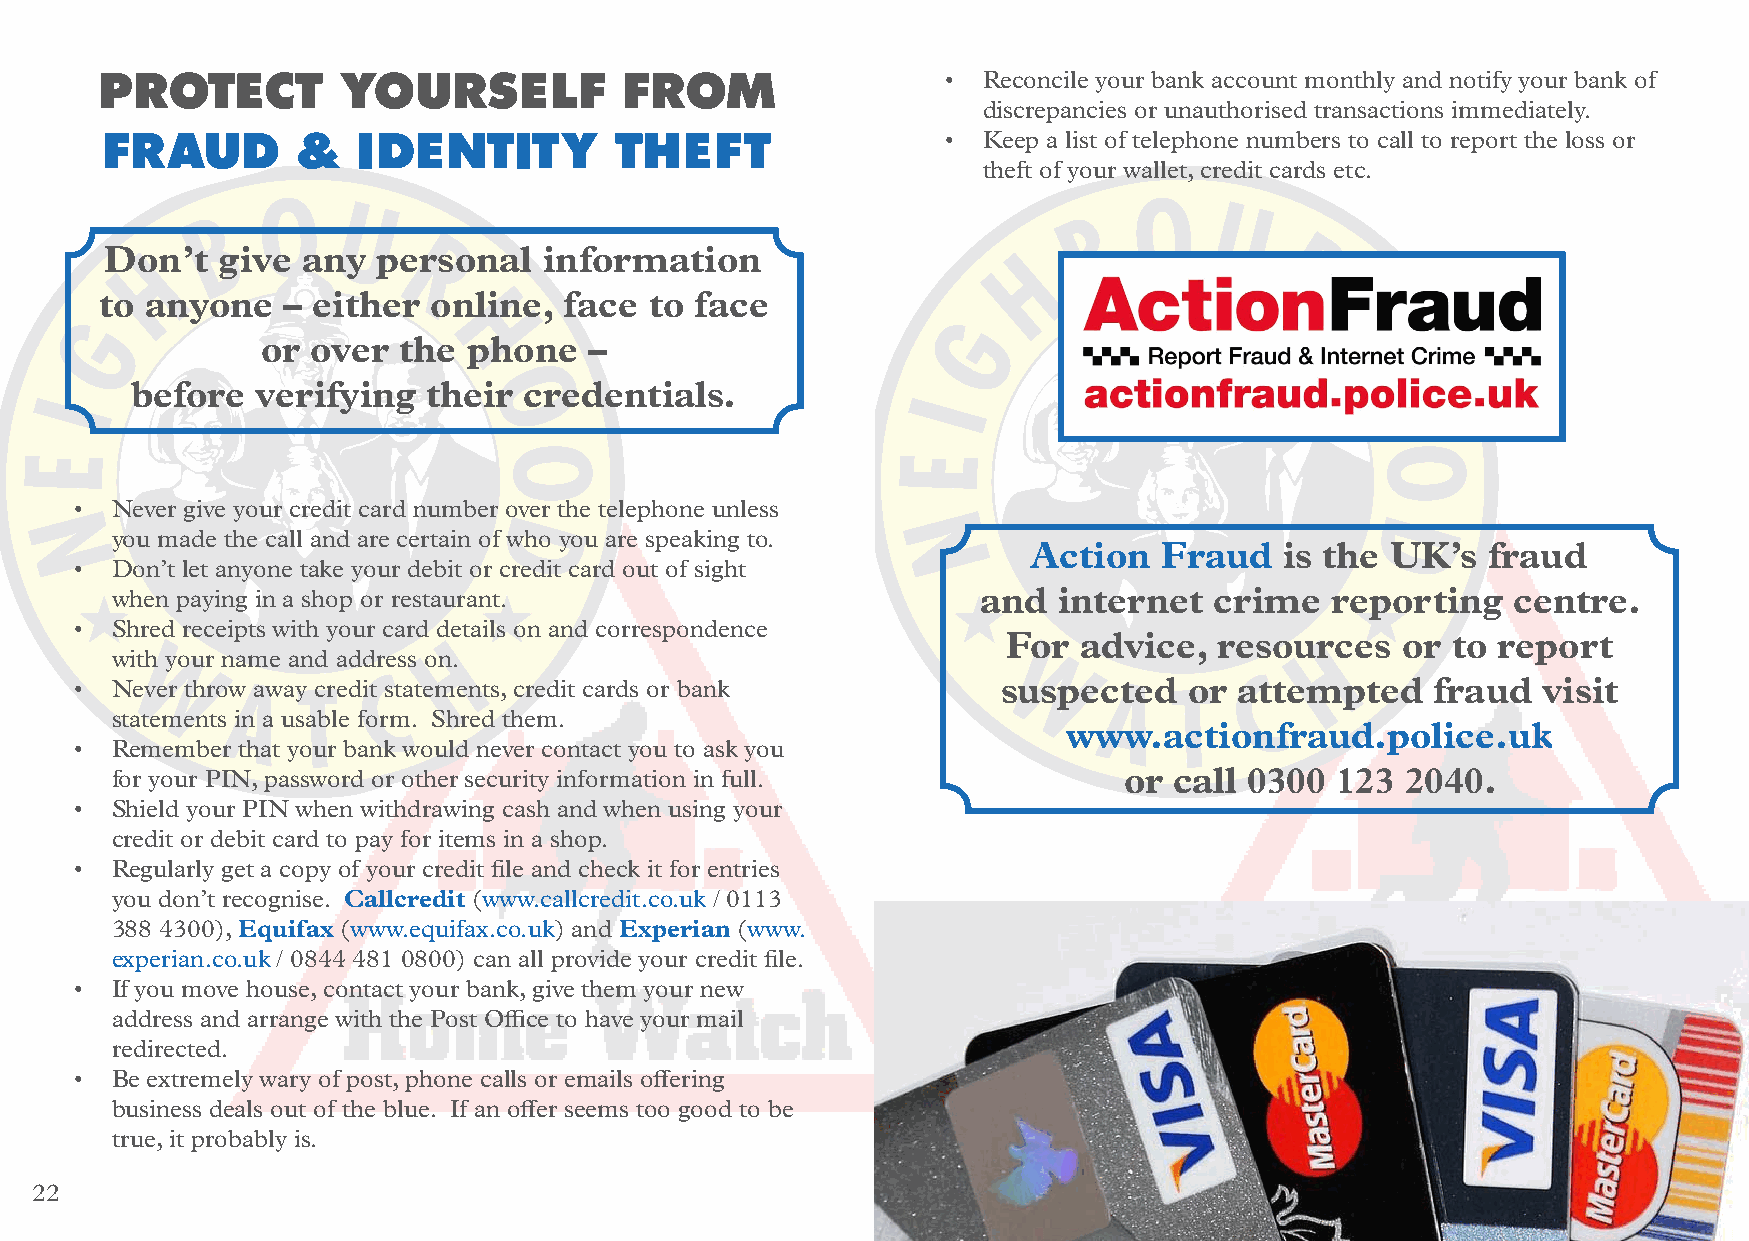
PROTECT        YOURSELF           FROM                  • Reconcile your bank account monthly and notify your bank of
 discrepancies or unauthorised transactions immediately.
 FRAUD        &   IDENTITY         THEFT                 • Keep a list of telephone numbers to call to report the loss or
 theft of your wallet, credit cards etc.
 Don’t  give  any  personal   information
 to anyone   – either online,  face  to face
 or  over the  phone   –
 before  verifying  their  credentials.
 • Never give your credit card number over the telephone unless
 you made the call and are certain of who you are speaking to.
 Action   Fraud   is the UK’s  fraud
 • Don’t let anyone take your debit or credit card out of sight
 when paying in a shop or restaurant.                      and  internet  crime   reporting   centre.
 • Shred receipts with your card details on and correspondence
 For advice,   resources   or to report
 with your name and address on.
 • Never throw away credit statements, credit cards or bank   suspected    or attempted    fraud  visit
 statements in a usable form. Shred them.
 www.actionfraud.police.uk
 • Remember that your bank would never contact you to ask you
 for your PIN, password or other security information in full.      or  call 0300 123  2040.
 • Shield your PIN when withdrawing cash and when using your
 credit or debit card to pay for items in a shop.
 • Regularly get a copy of your credit file and check it for entries
 you don’t recognise. Callcredit (www.callcredit.co.uk / 0113
 388 4300), Equifax (www.equifax.co.uk) and Experian (www.
 experian.co.uk / 0844 481 0800) can all provide your credit file.
 • If you move house, contact your bank, give them your new
 address and arrange with the Post Office to have your mail
 redirected.
 • Be extremely wary of post, phone calls or emails offering
 business deals out of the blue. If an offer seems too good to be
 true, it probably is.
 22                                                                                                            23